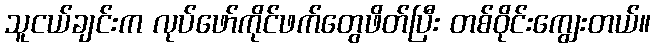
သူငယ်ချင်းက လုပ်ဖော်ကိုင်ဖက်တွေဖိတ်ပြီး တစ်ဝိုင်းကျွေးတယ်။